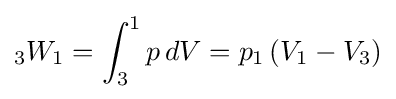
{}_{3}W_{1}=\int _{3}^{1}{p\,dV}=p_{1}\left({V_{1}-V_{3}}\right)